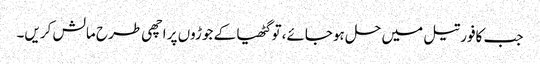
جب کافور تیل میں حل ہوجائے، تو گٹھیا کے جوڑوں پر اچھی طرح مالش کریں۔